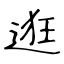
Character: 逛